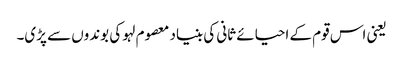
یعنی اس قوم کے احیائے ثانی کی بنیاد معصوم لہو کی بوندوں سے پڑی۔